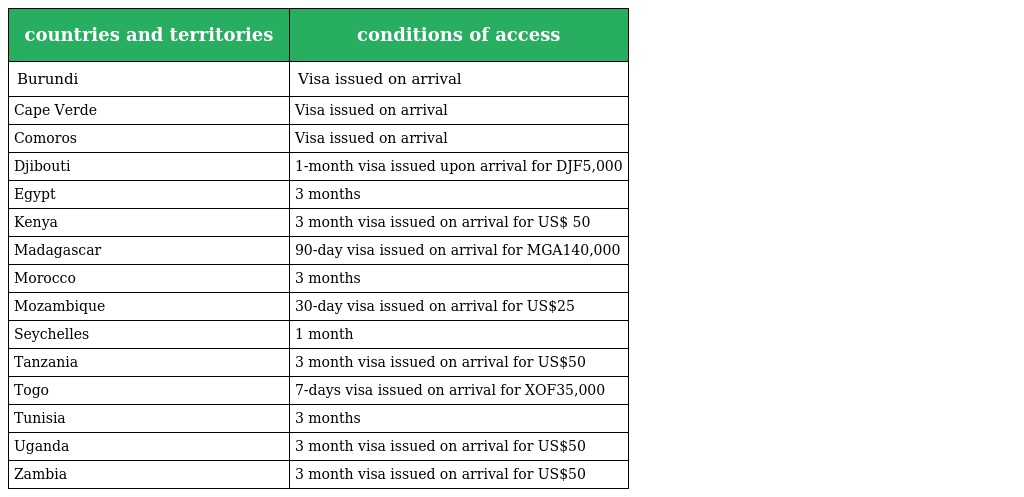
| countries and territories | conditions of access |
 | --- | --- |
 | Burundi | Visa issued on arrival |
 | Cape Verde | Visa issued on arrival |
 | Comoros | Visa issued on arrival |
 | Djibouti | 1-month visa issued upon arrival for DJF5,000 |
 | Egypt | 3 months |
 | Kenya | 3 month visa issued on arrival for US$ 50 |
 | Madagascar | 90-day visa issued on arrival for MGA140,000 |
 | Morocco | 3 months |
 | Mozambique | 30-day visa issued on arrival for US$25 |
 | Seychelles | 1 month |
 | Tanzania | 3 month visa issued on arrival for US$50 |
 | Togo | 7-days visa issued on arrival for XOF35,000 |
 | Tunisia | 3 months |
 | Uganda | 3 month visa issued on arrival for US$50 |
 | Zambia | 3 month visa issued on arrival for US$50 |